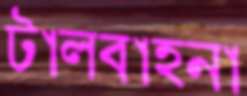
টালবাহনা